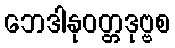
ဘေဒါနုဝတ္တဒုဗ္ဗစ